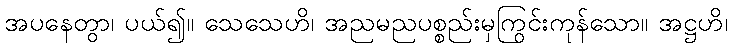
အပနေတွာ၊ ပယ်၍။ သေသေဟိ၊ အညမညပစ္စည်းမှကြွင်းကုန်သော။ အဋ္ဌဟိ၊